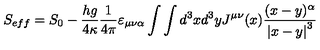
S _ { e f f } = S _ { 0 } - \frac { h g } { 4 \kappa } \frac 1 { 4 \pi } \varepsilon _ { \mu \nu \alpha } \int \int d ^ { 3 } x d ^ { 3 } y J ^ { \mu \nu } ( x ) \frac { ( x - y ) ^ { \alpha } } { \left| x - y \right| ^ { 3 } }